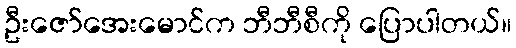
ဦးဇော်အေးမောင်က ဘီဘီစီကို ပြောပါတယ်။